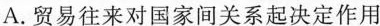
A.贸易往来对国家间关系起决定作用